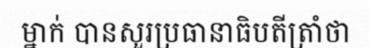
ម្នាក់ បានសួរប្រធានាធិបតីត្រាំថា